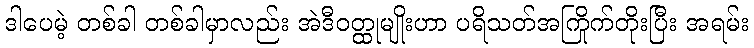
ဒါပေမဲ့ တစ်ခါ တစ်ခါမှာလည်း အဲဒီဝတ္ထုမျိုးဟာ ပရိသတ်အကြိုက်တိုးပြီး အရမ်း